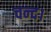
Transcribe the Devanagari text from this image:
चन्‍द।